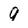
Character: 9